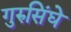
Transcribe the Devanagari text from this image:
गुरुसिंघे